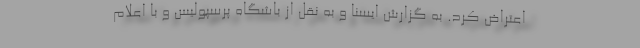
اعتراض کرد. به گزارش ایسنا و به نقل از باشگاه پرسپولیس و با اعلام